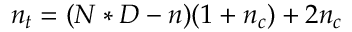
n _ { t } = ( N * D - n ) ( 1 + n _ { c } ) + 2 n _ { c }